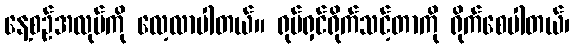
နေ့စဉ်အလုပ်ကို လေ့လာပါတယ်။ ရုပ်ရှင်ရိုက်သင့်တာကို ရိုက်စေပါတယ်၊